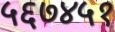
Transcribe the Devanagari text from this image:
५६७४५१